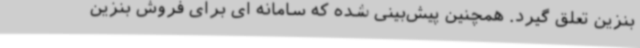
بنزین تعلق گیرد. همچنین پیش‌بینی شده که سامانه ای برای فروش بنزین